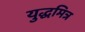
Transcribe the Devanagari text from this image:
युद्धमित्र